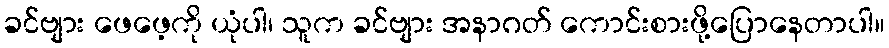
ခင်ဗျား ဖေဖေ့ကို ယုံပါ၊ သူက ခင်ဗျား အနာဂတ် ကောင်းစားဖို့ပြောနေတာပါ။